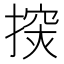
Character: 𢲘